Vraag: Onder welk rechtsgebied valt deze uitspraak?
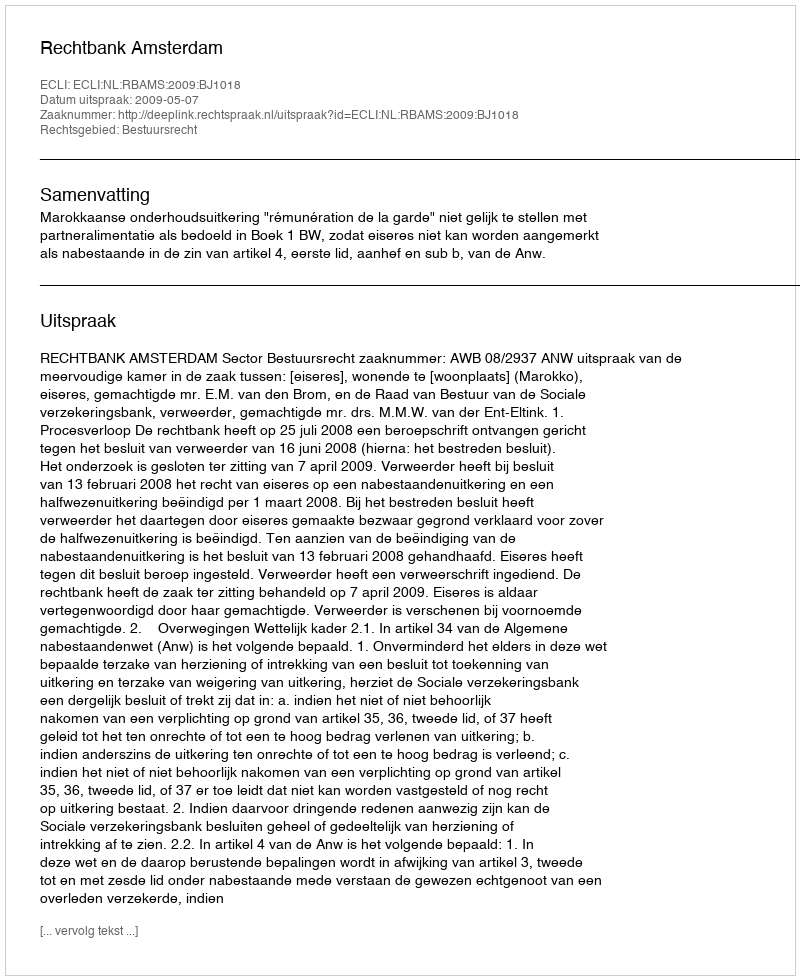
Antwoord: Bestuursrecht